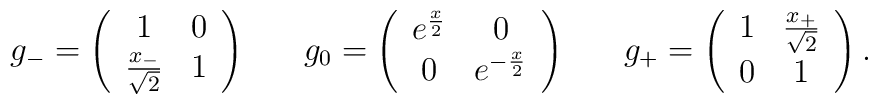
g_-=\left(\begin{array}{c c}1 & 0 \\ \frac{x_-}{\sqrt{2}} & 1 \end{array}\right) \;\;\;\;\;\;g_0 =\left(\begin{array}{ c c} e^{\frac{x}{2}} & 0 \\ 0 & e^{-\frac{x}{2}}\end{array}\right) \;\;\;\;\;\;g_+ = \left( \begin{array}{c c} 1 & \frac{x_+}{\sqrt{2}} \\ 0 & 1\end{array}\right).